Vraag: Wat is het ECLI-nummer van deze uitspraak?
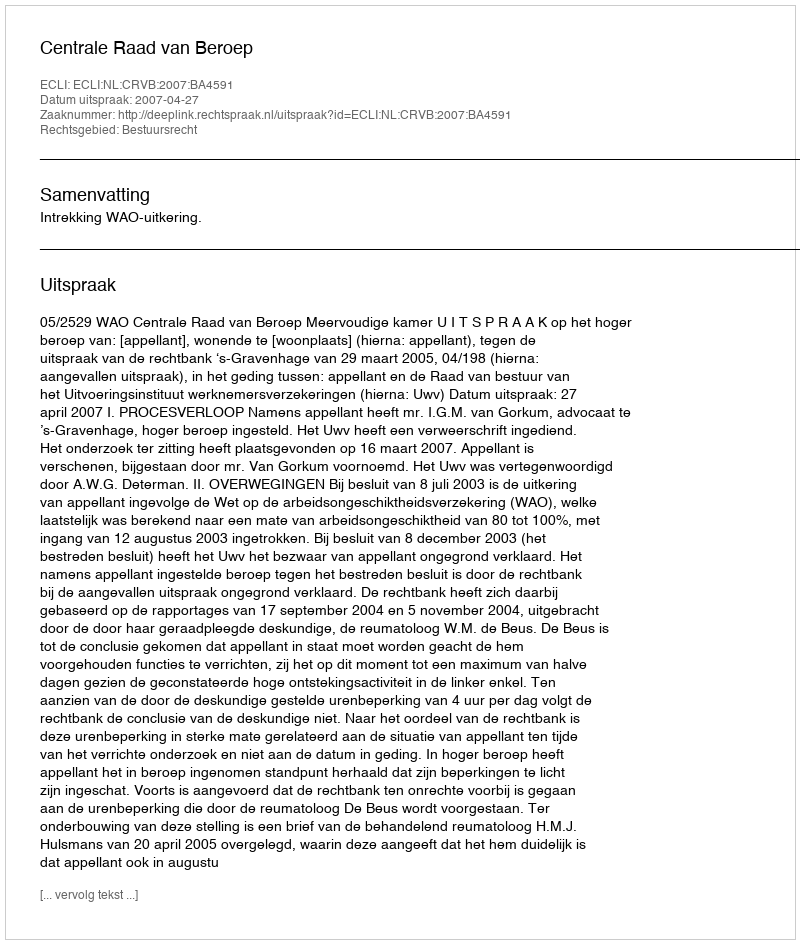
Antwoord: ECLI:NL:CRVB:2007:BA4591